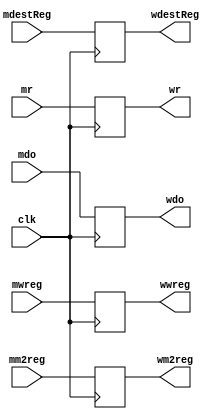
`timescale 1ns / 1ps
//////////////////////////////////////////////////////////////////////////////////
// Company: 
// Engineer: 
// 
// Design Name: 
// Module Name: MEMWBPipeReg
// Project Name: 
// Target Devices: 
// Tool Versions: 
// Description: 
// 
// Dependencies: 
// 
// Revision:
// Revision 0.01 - File Created
// Additional Comments:
// 
//////////////////////////////////////////////////////////////////////////////////


module MEMWBPipeReg(mwreg, mm2reg, mdestReg, mr, mdo, clk, wwreg, wm2reg, wdestReg, wr, wdo);
    input mwreg;
    input mm2reg;
    input [4:0] mdestReg;
    input [31:0] mr;
    input [31:0] mdo;
    input clk;
    output reg wwreg;
    output reg wm2reg;
    output reg [4:0] wdestReg;
    output reg [31:0] wr;
    output reg [31:0] wdo;
    
    always @(posedge clk) begin
        wwreg <= mwreg;
        wm2reg <= mm2reg;
        wdestReg <= mdestReg;
        wr <= mr;
        wdo <= mdo;
    end 
endmodule